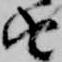
由